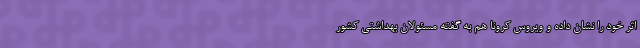
اثر خود را نشان داده و ویروس کرونا هم به گفته مسئولان بهداشتی کشور